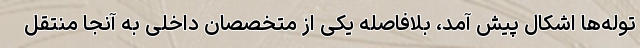
توله‌ها اشکال پیش آمد، بلافاصله یکی از متخصصان داخلی به آنجا منتقل